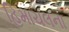
હિમાચલના